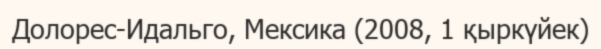
Долорес-Идальго, Мексика (2008, 1 қыркүйек)